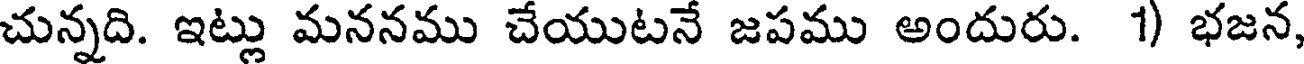
చున్నది. ఇట్లు మననము చేయుటనే జపము అందురు. 1) భజన,